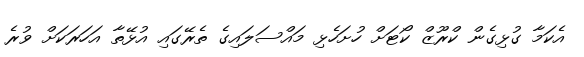
އެކަމާ ގުޅިގެން ކްރޫޒް ކޯޓަށް ހުށަހެޅި މައްސަލައިގެ ތެރޭގައި އުޅޭތާ އަހަރަކަށް ވުރެ